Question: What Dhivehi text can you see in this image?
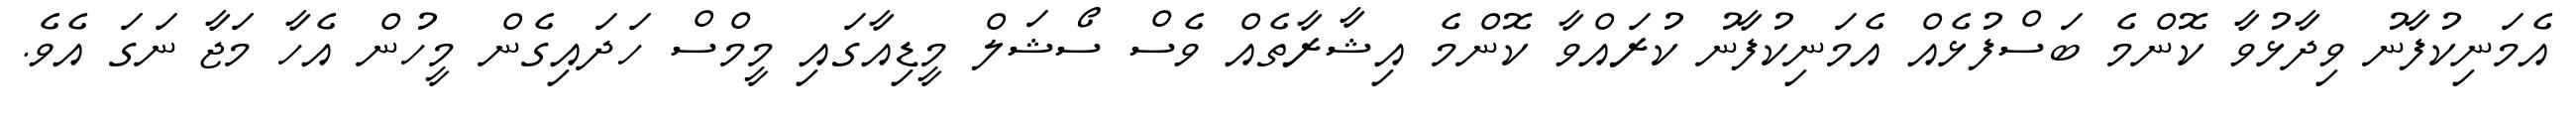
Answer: އެމަނިކުފާނު ވިދާޅުވާ ކޮންމެ ބަސްފުޅެއް އެމަނިކުފާނު ކުރައްވާ ކޮންމެ އިޝާރާތެއް ވެސް ސޯޝަލް މީޑިއާގައި މީމްސް ހަދައިގެން މީހުން އެހާ މަޖާ ނަގަ އެވެ.